Bréfritari: Sigríður Pálsdóttir
Viðtakandi: Páll Pálsson
Dagsetning: A-1864-09-19
Skrifað á: Breiðabólsstað  Rang.
Páll var bróðir Sigríðar

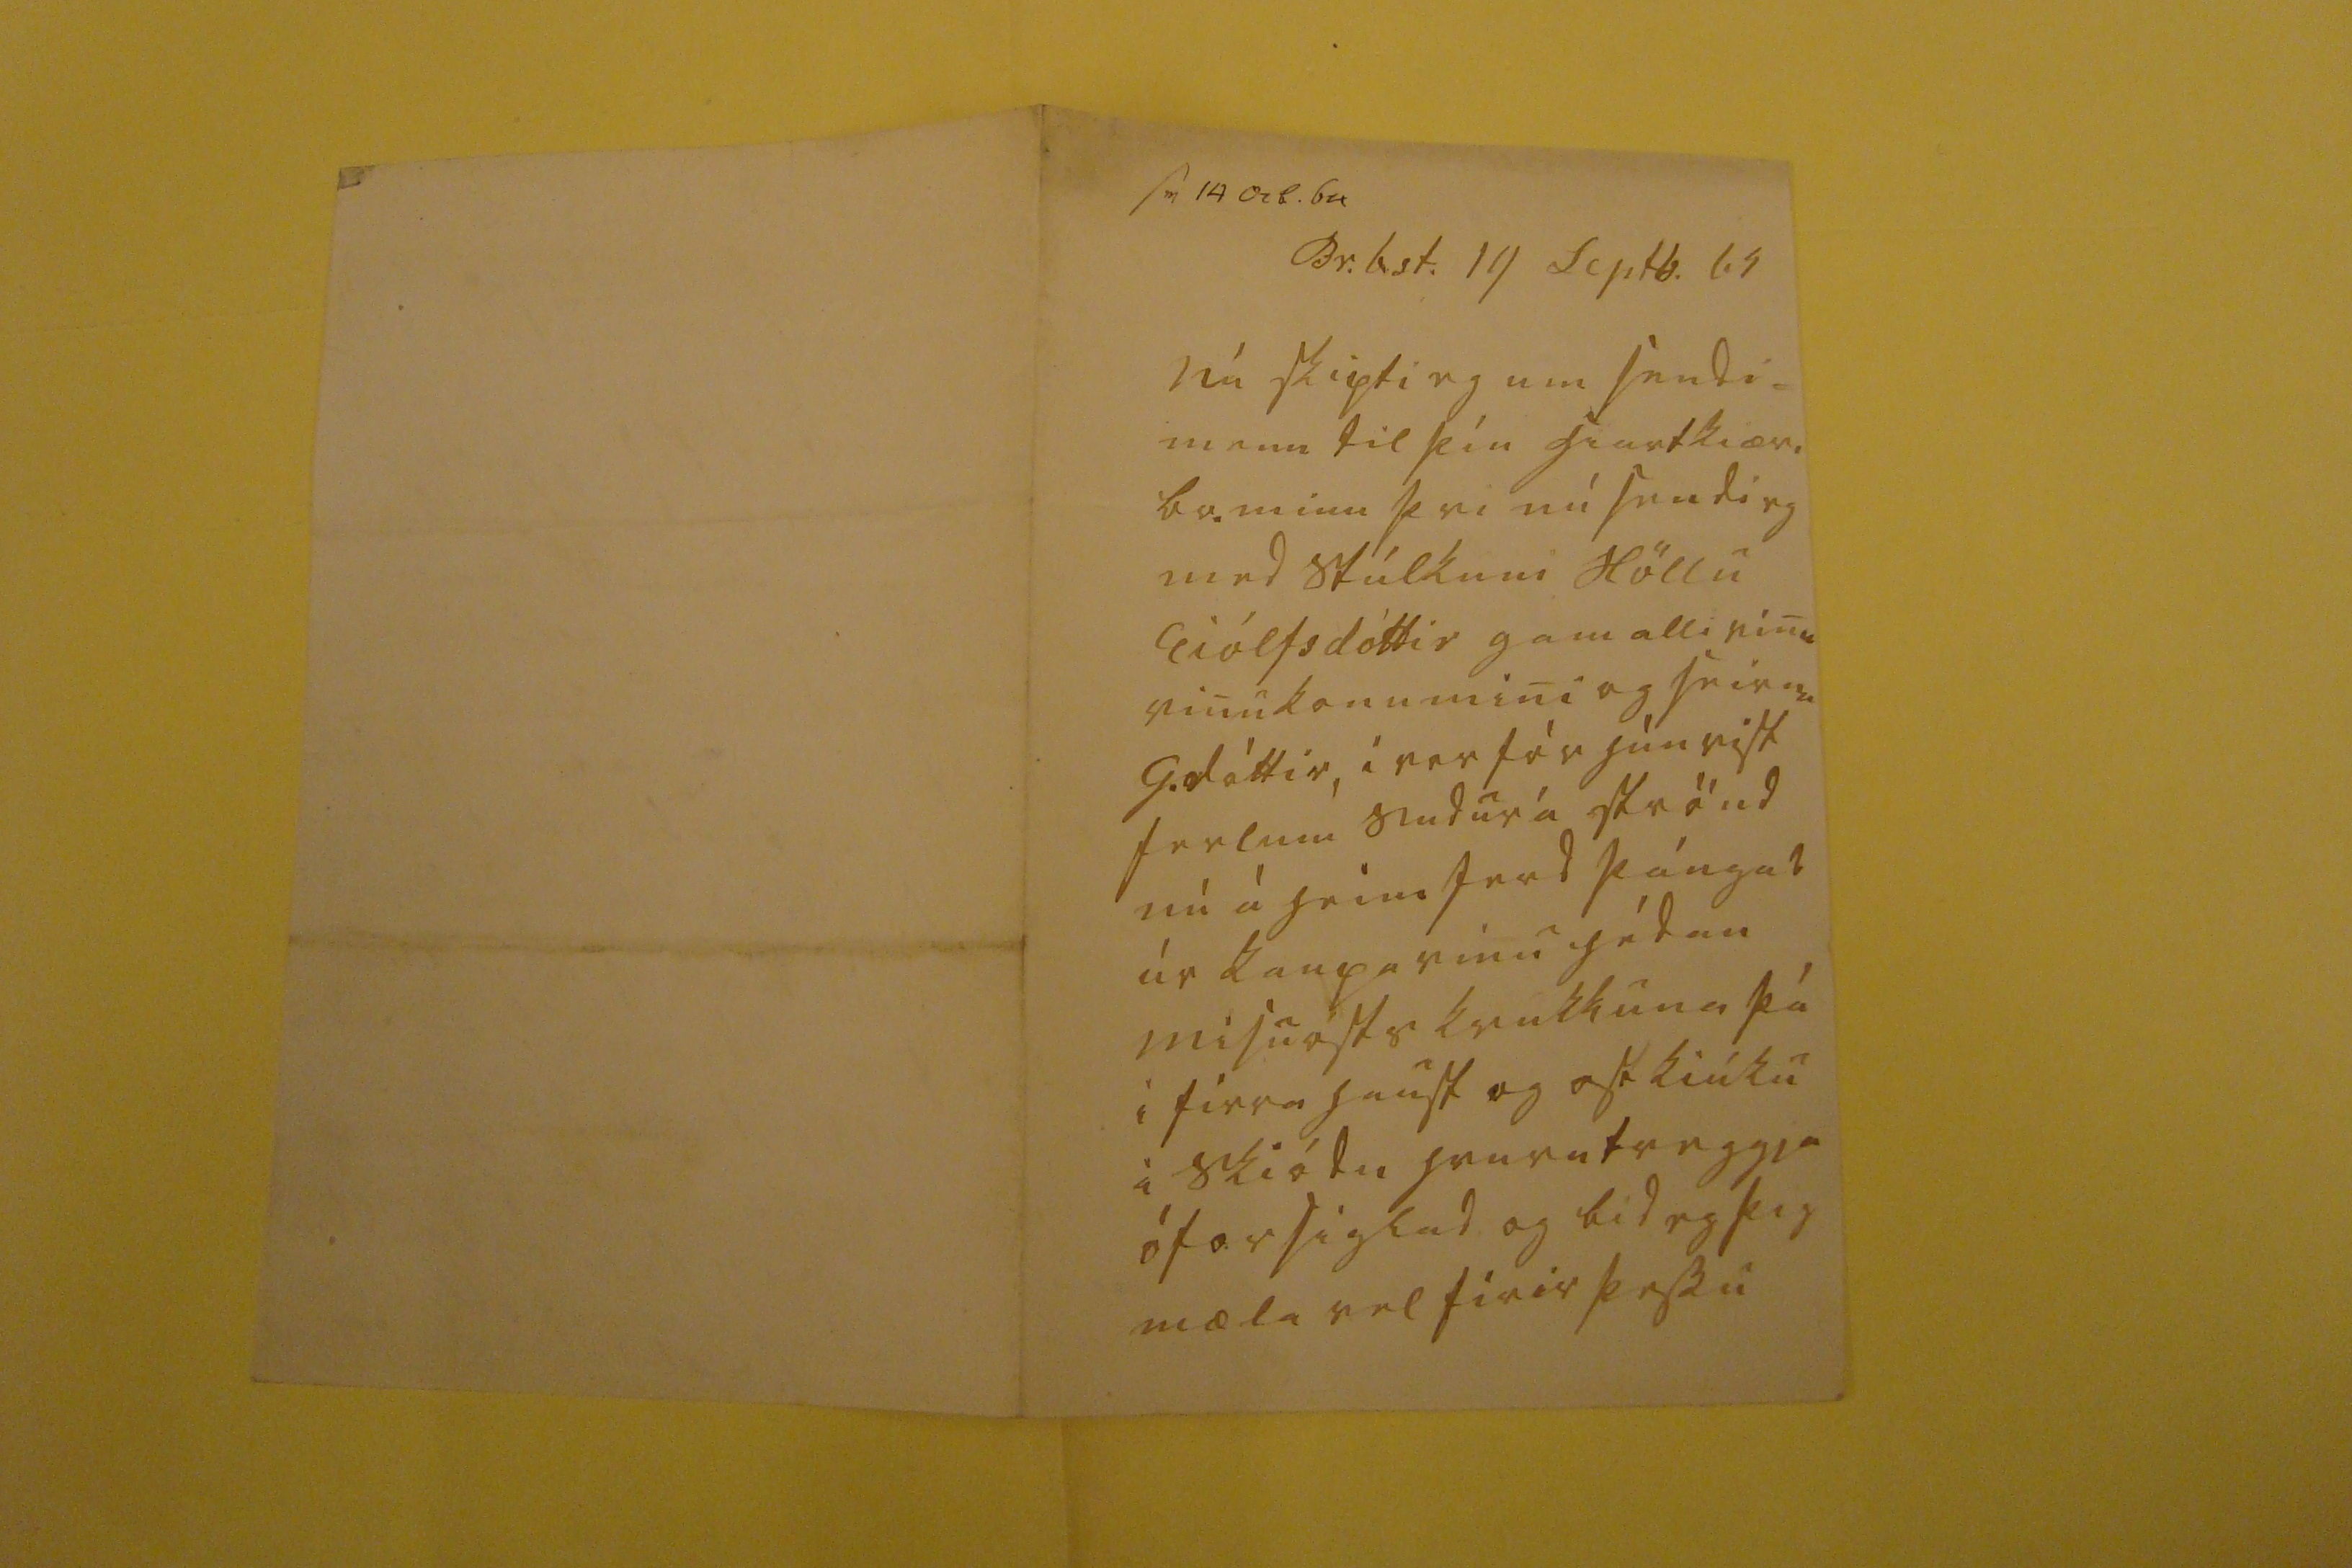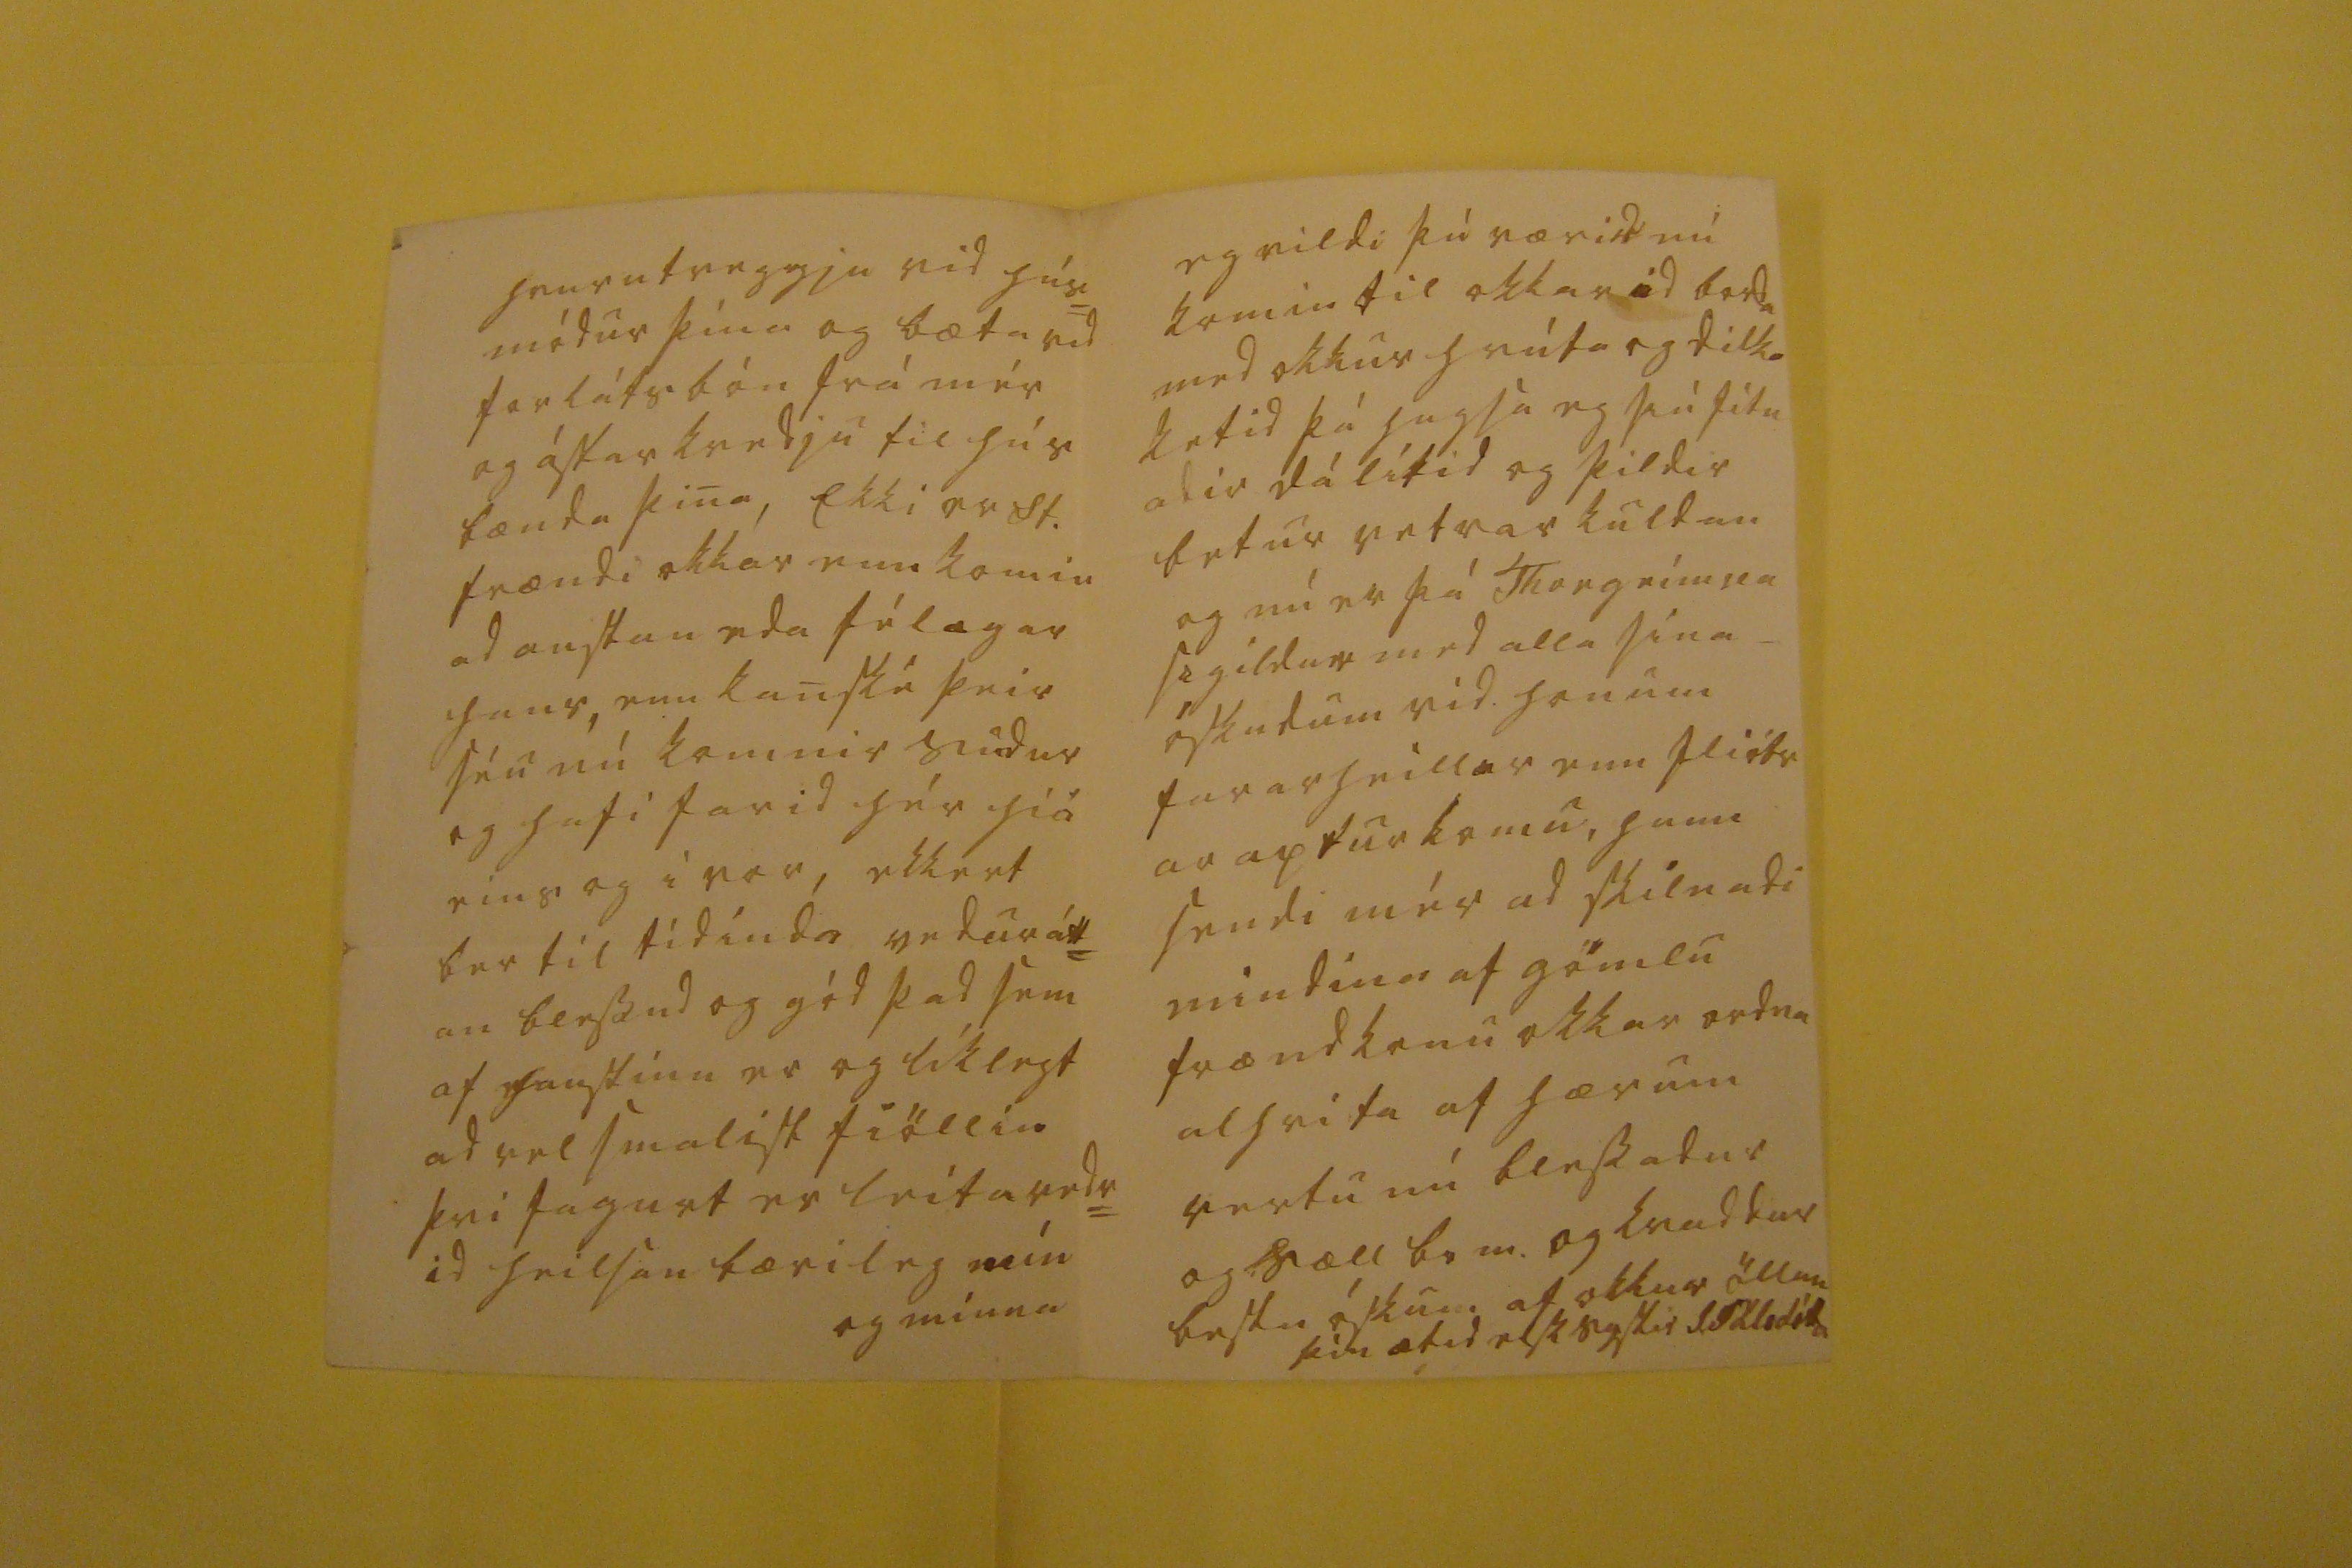

sv 19 ocb. 64
Br.b.st. 19 Septb. 64
nú skipti eg um sendi= mann til þín hiartkæri br. minn þvi nú sendi eg med stúlkum Höllu Eiólfsdóttir gamalli vinu vinukonu mini og seirna G.dóttir, i vor fór hún vist ferlum sudur á strönd nú á heimferd þángad úr kaupavinu hédan misuosts krukkuna þá i firrahaust og
ostkiúku
i skiódu hvurutveggja óforsiglad og bid eg þig mæla vel firir þessu
hvurutveggja vid hús= módur þína og bæta vid forláts bón frá mér og ástarkvedju til hús bænda þina, Ekki er St. frændi okkar enn komin ad austan eda félagar hans, enn kanské þeir séu nú komnir sudur og hafi farid hér hiá eins og i vor, ekkert ber til tídinda vedurátt= an blessud og gód þad sem af haustinu er og líklegt ad vel smalist fiöllin þvi fagurt er leitavedr= id heilsan bærileg mín og minna
eg vildi þú værir nú komin til okkar ad borda med okkur hrútar og dilka ketid þá hugsa eg þú fitn adir dálítid og þildir betur vetrar kuldan og nú er þá Thorgrím
ur se
gildur med alla sína_ óskudum vid honum fararheillar enn fliótr ar apturkomu, hann sendi mér ad skilnadi mindina af gömlu frændkonu okkar ordna alhvita af hærum vertu nú blessadur og sæll br m. og kvaddur bestu óskum af okkur öllum
þín ætid elsk systir
S. Pálsdóttir